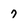
Character: 7